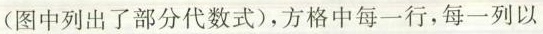
(图中列出了部分代数式)，方格中每一行，每一列以